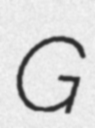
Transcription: G